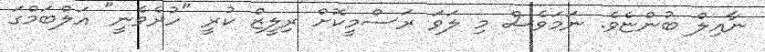
ނާއިލް ބުންޏެވެ. ނަމަވެސް މި ލަވަ ރަސްމީކޮށް ރިލީޒް ކުރީ "ހުރެވެނީ" އަލްބަމްގަ